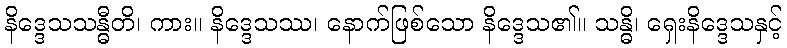
နိဒ္ဒေသသန္ဓီတိ၊ ကား။ နိဒ္ဒေသဿ၊ နောက်ဖြစ်သော နိဒ္ဒေသ၏။ သန္ဓိ၊ ရှေးနိဒ္ဒေသနှင့်